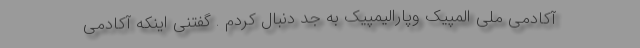
آکادمی ملی المپیک وپارالیمپیک به جد دنبال کردم . گفتنی اینکه آکادمی